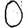
Digit: 0